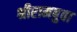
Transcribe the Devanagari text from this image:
श्रीरामबुवा